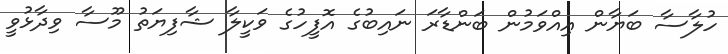
ހުލާސާ ބަޔާން އިއްވަމުން ބަންޑާރަ ނައިބުގެ އޮފީހުގެ ވަކީލާ ޝާފިޔަތު މޫސާ ވިދާޅުވީ